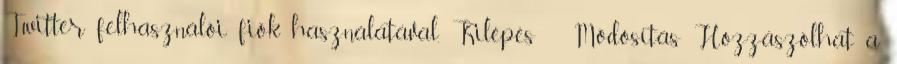
Twitter felhasználói fiók használatával. Kilépés Módosítás Hozzászólhat a